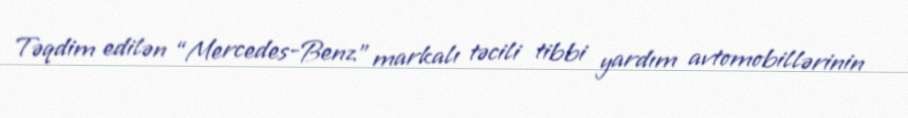
Təqdim edilən “Mercedes-Benz” markalı təcili tibbi yardım avtomobillərinin